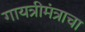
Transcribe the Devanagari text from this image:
गायत्रीमंत्राचा